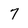
Character: 7